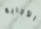
الأجابة